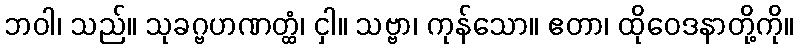
ဘဝါ၊ သည်။ သုခဂ္ဗဟဏတ္ထံ၊ ငှါ။ သဗ္ဗာ၊ ကုန်သော။ ဧတာ၊ ထိုဝေဒနာတို့ကို။